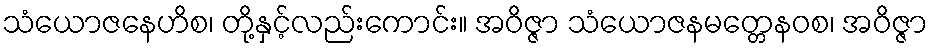
သံယောဇနေဟိစ၊ တို့နှင့်လည်းကောင်း။ အဝိဇ္ဇာ သံယောဇနမတ္တေနဝစ၊ အဝိဇ္ဇာ